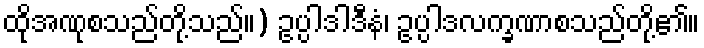
ထိုအဏုစသည်တို့သည်။) ဥပ္ပါဒါဒီနံ၊ ဥပ္ပါဒလက္ခဏာစသည်တို့၏။